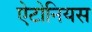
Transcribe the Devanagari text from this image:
ऐटोनियस